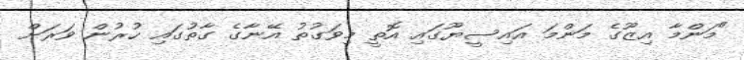
"މަންމާ އިޒޫގެ މަންމަ އައިސީޔޫގައި އޮތީ މިވަގުތު އޭނާގެ ގާތުގައި ހުރުން ވަރަށް